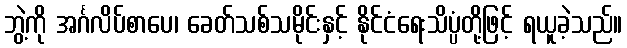
ဘွဲ့ကို အင်္ဂလိပ်စာပေ၊ ခေတ်သစ်သမိုင်းနှင့် နိုင်ငံရေးသိပ္ပံတို့ဖြင့် ရယူခဲ့သည်။